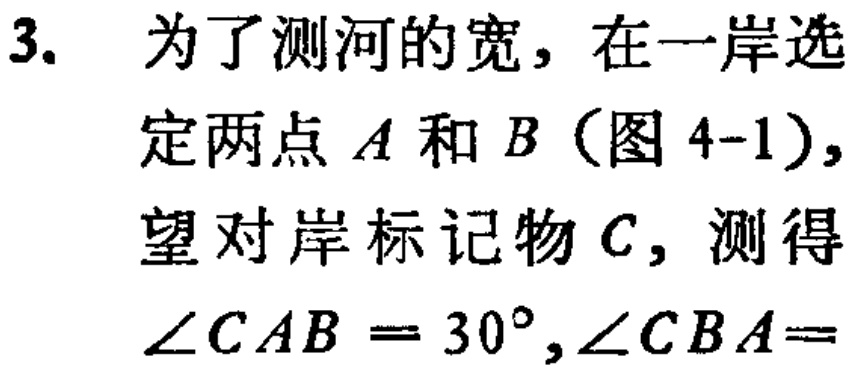
3. 为了测河的宽，在一岸选定两点\(A\)和\(B\)（图 4-1），望对岸标记物\(C\)，测得\(\angle CAB = 30^{\circ},\angle CBA=\)